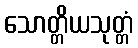
သောတ္တိယသုတ္တံ